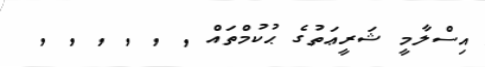
އިސްލާމީ ޝަރީޢަތުގެ ޙުކުމްތައް